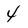
Character: 4